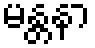
မန္တနာ